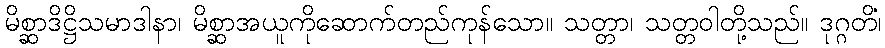
မိစ္ဆာဒိဋ္ဌိသမာဒါနာ၊ မိစ္ဆာအယူကိုဆောက်တည်ကုန်သော။ သတ္တာ၊ သတ္တဝါတို့သည်။ ဒုဂ္ဂတိံ၊